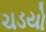
ચડયો